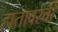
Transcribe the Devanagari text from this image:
हातावरची